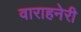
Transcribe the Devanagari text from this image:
वाराहनेरी